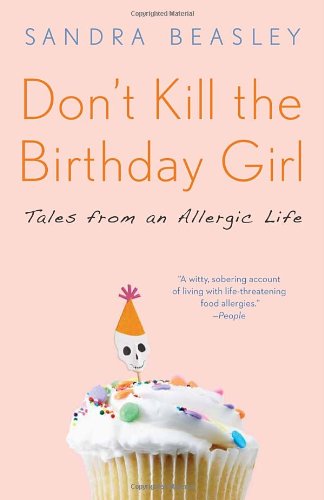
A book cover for Don't Kill the Birthday Girl: Tales from an Allergic Life; Sandra Beasley; Health, Fitness & Dieting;